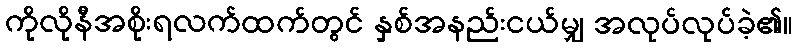
ကိုလိုနီအစိုးရလက်ထက်တွင် နှစ်အနည်းငယ်မျှ အလုပ်လုပ်ခဲ့၏။